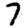
Digit: 7